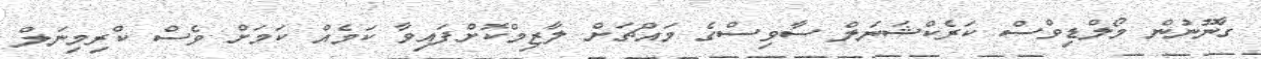
ގާނޫނުން މޯލްޑިވްސް ކަރެކްޝަނަލް ސާވިސްގެ މައްޗަށް ލާޒިމްކޮށްފައިވާ ކަމެއް ކަމަށް ވެސް ކްރިމިނަލް